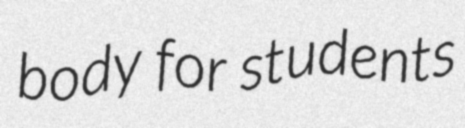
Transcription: body for students